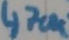
Text: 470K